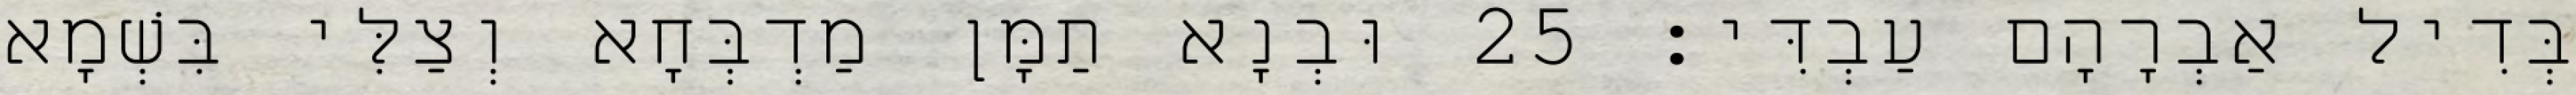
בְּדִיל אַבְרָהָם עַבְדִּי׃ 25 וּבְנָא תַמָּן מַדְבְּחָא וְצַלִּי בִּשְׁמָא